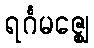
ရင်္ဂမဇ္ဈေ